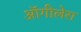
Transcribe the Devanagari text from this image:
ऑगीलेरा